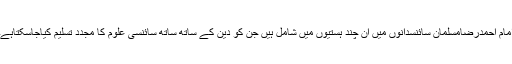
امام احمدرضامسلمان سائنسدانوں میں ان چند ہستیوں میں شامل ہیں جن کو دین کے ساتھ ساتھ سائنسی علوم کا مجدد تسلیم کیاجاسکتاہے۔